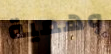
وهمية